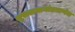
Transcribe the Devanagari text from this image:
मुसलमानांप्रमाणेच